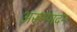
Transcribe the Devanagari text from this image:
असम्पादन